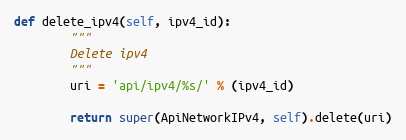
Language: Python
def delete_ipv4(self, ipv4_id):
        """
        Delete ipv4
        """
        uri = 'api/ipv4/%s/' % (ipv4_id)

        return super(ApiNetworkIPv4, self).delete(uri)